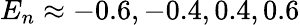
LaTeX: E_{n}\approx-0.6,-0.4,0.4,0.6